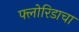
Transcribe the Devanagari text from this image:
फ्लोरिडाचा